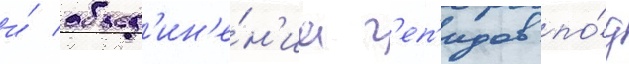
и́ объед'ин'е́н'иа г'еп'идов по́д